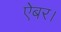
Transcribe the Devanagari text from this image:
ऐबर।